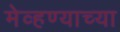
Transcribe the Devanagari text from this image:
मेव्हण्याच्या